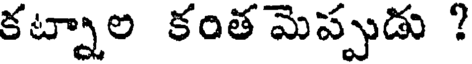
కట్నాల కంత మెప్పుడు ?